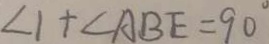
\angle 1 + \angle A B E = 9 0 ^ { \circ }